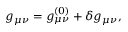
g _ { \mu \nu } = g _ { \mu \nu } ^ { ( 0 ) } + \delta g _ { \mu \nu } ,